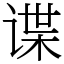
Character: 谍